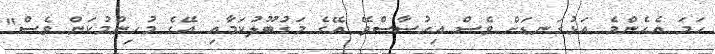
ހަމަ އެހެންމެ އަޅުގަނޑަށް ވެސް އިހުސާސްވޭ އޭގެ މަގުބޫލުކަމާއި އޭގެ މުހިންމުކަން ވެސް"